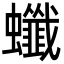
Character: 䘋